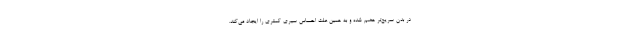
در بدن سریع‌تر هضم شده و به همین علت احساس سیری کمتری را ایجاد می‌کند.